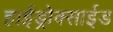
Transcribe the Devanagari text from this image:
हाईड्रोक्साईड